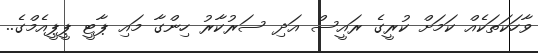
ވާހަކަތަކެއް ކަމަށް ކުރީގެ ރައީސް އަދި ސަރުކާރު ހިންގާ މައި ޕާޓީ ޕީޕީއެމްގެ..